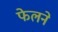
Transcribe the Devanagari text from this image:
फेलने